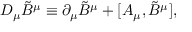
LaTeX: D _ { \mu } \tilde { B } ^ { \mu } \equiv \partial _ { \mu } \tilde { B } ^ { \mu } + [ A _ { \mu } , \tilde { B } ^ { \mu } ] ,